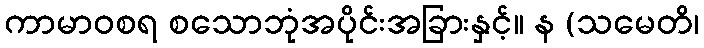
ကာမာဝစရ စသောဘုံအပိုင်းအခြားနှင့်။ န (သမေတိ၊